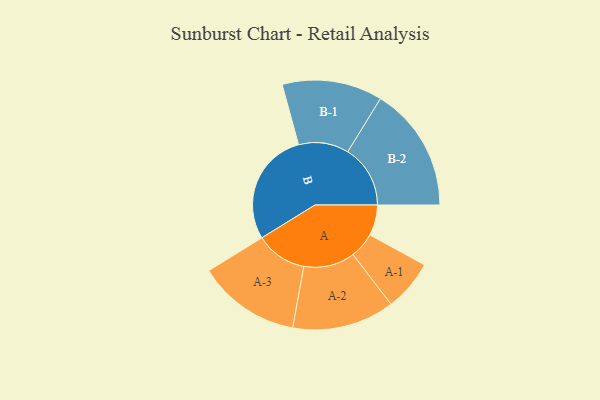
{"axis": {"x": "Segment", "y": "Value"}, "legend": ["", "A", "B"], "data": [{"x": "A", "y": 121, "type": ""}, {"x": "B", "y": 450, "type": ""}, {"x": "A-1", "y": 101, "type": "A"}, {"x": "A-2", "y": 202, "type": "A"}, {"x": "A-3", "y": 203, "type": "A"}, {"x": "B-1", "y": 198, "type": "B"}, {"x": "B-2", "y": 247, "type": "B"}]}